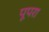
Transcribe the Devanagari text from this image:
पूपरा